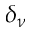
\delta _ { \nu }